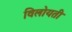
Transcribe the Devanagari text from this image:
विलोयती